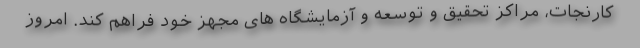
کارنجات، مراکز تحقیق و توسعه و آزمایشگاه های مجهز خود فراهم کند. امروز